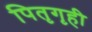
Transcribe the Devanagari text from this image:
पितृगृही